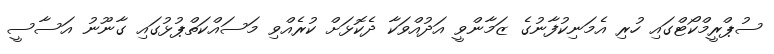
ސުޕްރީމްކޯޓްގައި ހުރި އެމަނިކުފާނުގެ ޒަމާންވީ އަދުއްވަކާ ދެކޮޅަށް ކުރެއްވި މަސައްކަތްޕުޅުގައި ގާނޫނު އަސާސީ